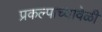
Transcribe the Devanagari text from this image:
प्रकल्पाच्यावेळी